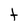
Character: t